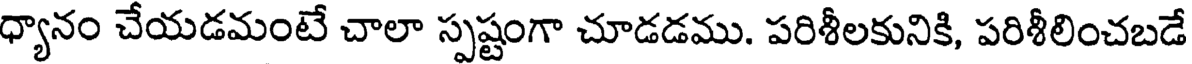
ధ్యానం చేయడమంటే చాలా స్పష్టంగా చూడడము. పరిశీలకునికి, పరిశీలించబడే